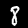
Digit: 8